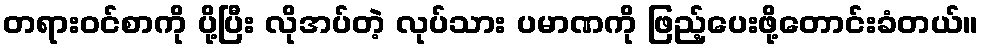
တရားဝင်စာကို ပို့ပြီး လိုအပ်တဲ့ လုပ်သား ပမာဏကို ဖြည့်ပေးဖို့တောင်းခံတယ်။